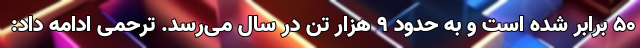
۵۰ برابر شده است و به حدود ۹ هزار تن در سال می‌رسد. ترحمی ادامه داد: